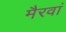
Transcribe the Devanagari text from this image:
मैरवां